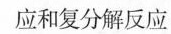
应和复分解反应